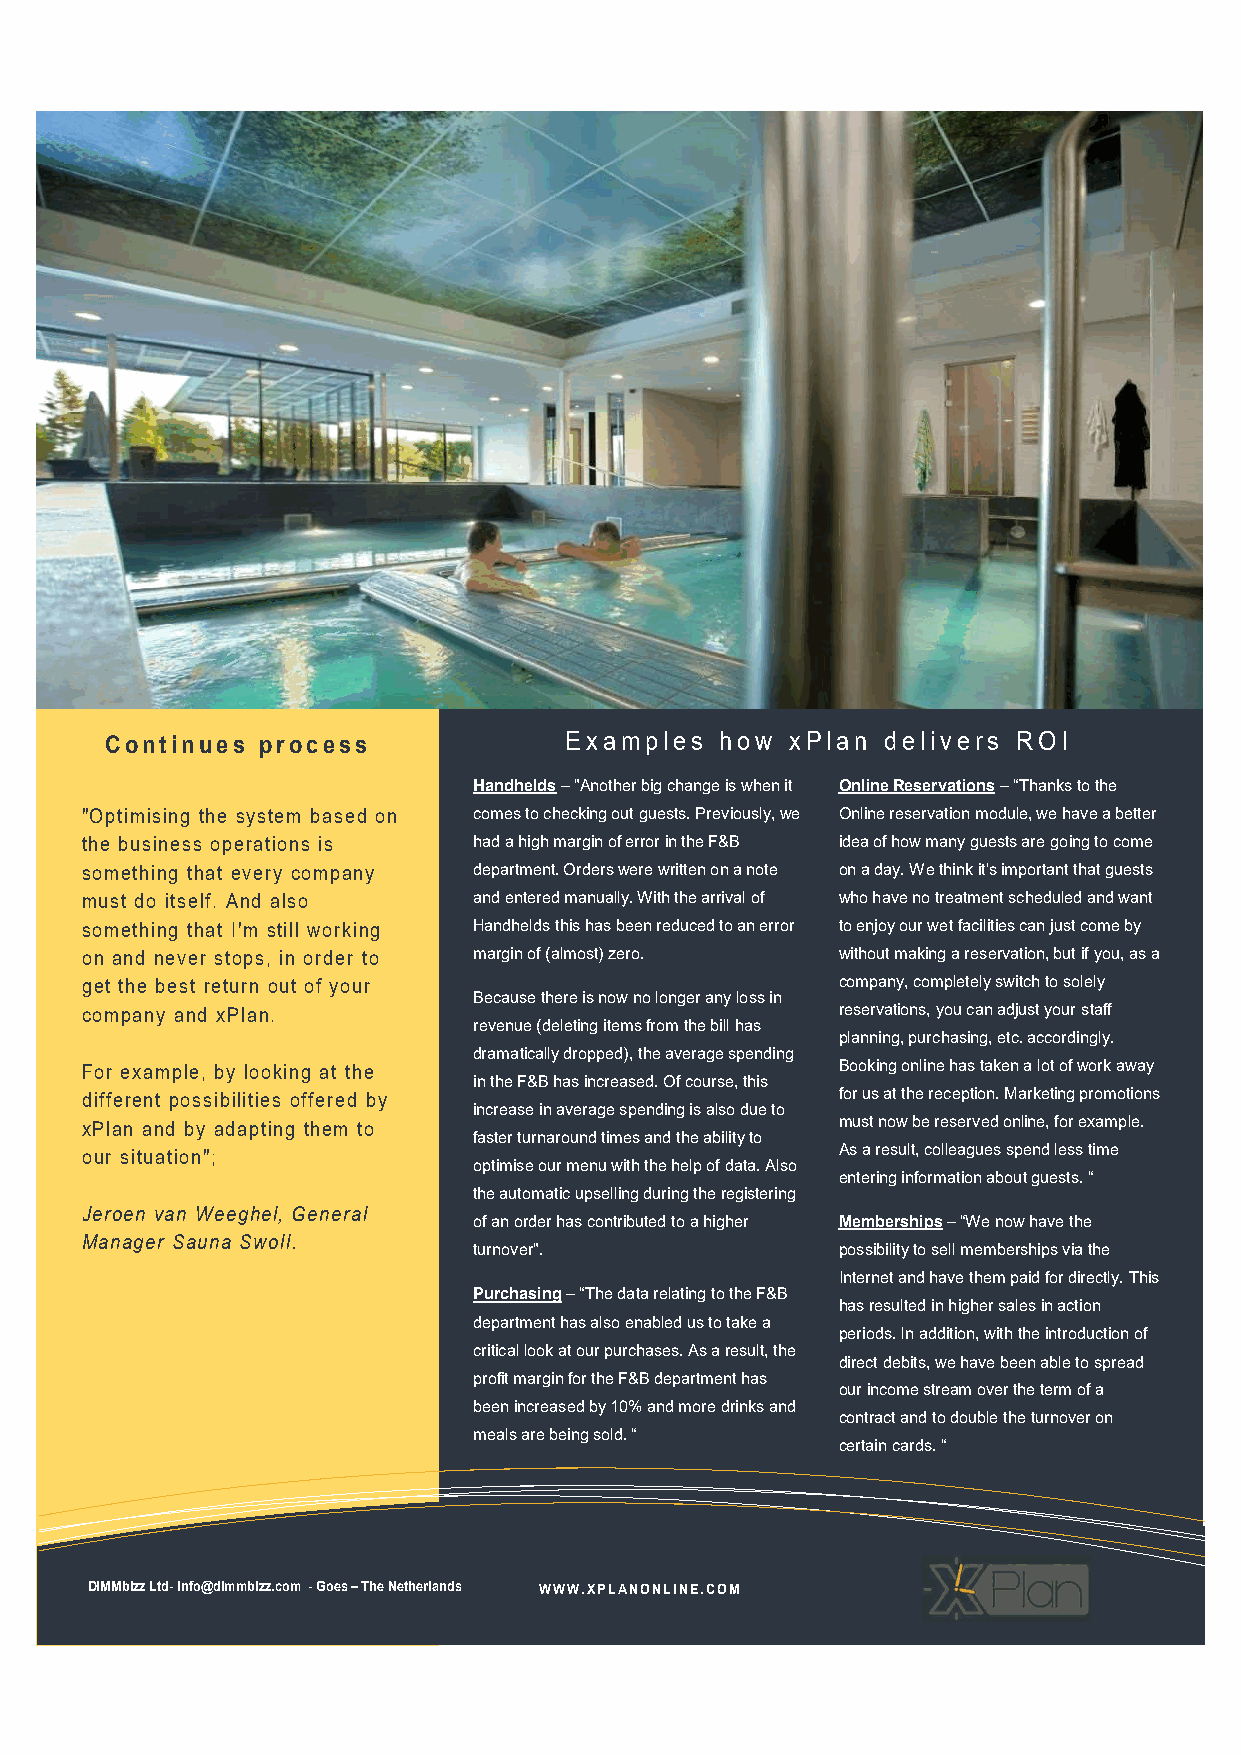
Continues process             Examples   how xPlan  delivers ROI
 Handhelds – "Another big change is when it Online Reservations – “Thanks to the
 "Optimising the system based on comes to checking out guests. Previously, we Online reservation module, we have a better
 the business operations is had a high margin of error in the F&B idea of how many guests are going to come
 something that every company department. Orders were written on a note on a day. We think it's important that guests
 must do itself. And also  and entered manually. With the arrival of who have no treatment scheduled and want
 something that I'm still working Handhelds this has been reduced to an error to enjoy our wet facilities can just come by
 on and never stops, in order to margin of (almost) zero. without making a reservation, but if you, as a
 get the best return out of your                   company, completely switch to solely
 Because there is now no longer any loss in consectetuer delenit nobis. Quis defui
 company and xPlan.                                reservations, you can adjust your staff
 revenue (deleting items from the bill has odio diam ut, antehabeo vel quod sit.
 planning, purchasing, etc. accordingly.
 dramatically dropped), the average spending
 For example, by looking at the                    BoAonktienhga obneloin oep heas ss utasckiepne rae lpoat roaft uwso wrkis ia twe ay
 in the F&B has increased. Of course, this
 different possibilities offered by                forq uusia a. tD tohleo rree cperapetsioenn.t Mnoasrtkreutdin, ge rposro imriuorteio ns
 increase in average spending is also due to
 xPlan and by adapting them to                     mu es nt i mno vw e rb oe ar ue ts ee mrv qe ud i ao n luli cn te u, s f o er r ae tx mam ulp tole , .
 faster turnaround times and the ability to
 our situation";           optimise our menu with the help of data. Also As v a ir tr ue ss u vl et, r oc o cll oe mag isu . e Ds as mpe nn ud m l e os ss t ii nm e ne o
 entering information about guests. “
 the automatic upselling during the registering plaga praesent valid. Brevitas dolore,
 Jeroen van Weeghel, General
 of an order has contributed to a higher Meremfebreor, stohriqpuse –o “vWalede n oewa vhearvoe a tnhtee habeo
 Manager Sauna Swoll.
 turnover".              possibility to sell memberships via the
 sit autem occuro, adsum. Luptatum
 Internet and have them paid for directly. This
 Purchasing – “The data relating to the F&B magna volutpat distineo.
 has resulted in higher sales in action
 department has also enabled us to take a
 periods. In addition, with the introduction of
 critical look at our purchases. As a result, the
 direct debits, we have been able to spread
 profit margin for the F&B department has
 our income stream over the term of a
 been increased by 10% and more drinks and
 contract and to double the turnover on
 meals are being sold. “
 certain cards. “
 DIMMbizz Ltd- info@dimmbizz.com - Goes – The Netherlands WWW.XPLANONLINE.COM